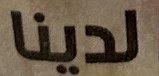
لدينا